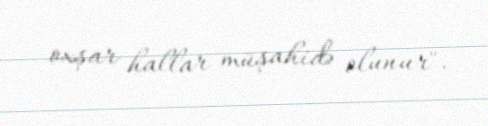
oxşar hallar müşahidə olunur".